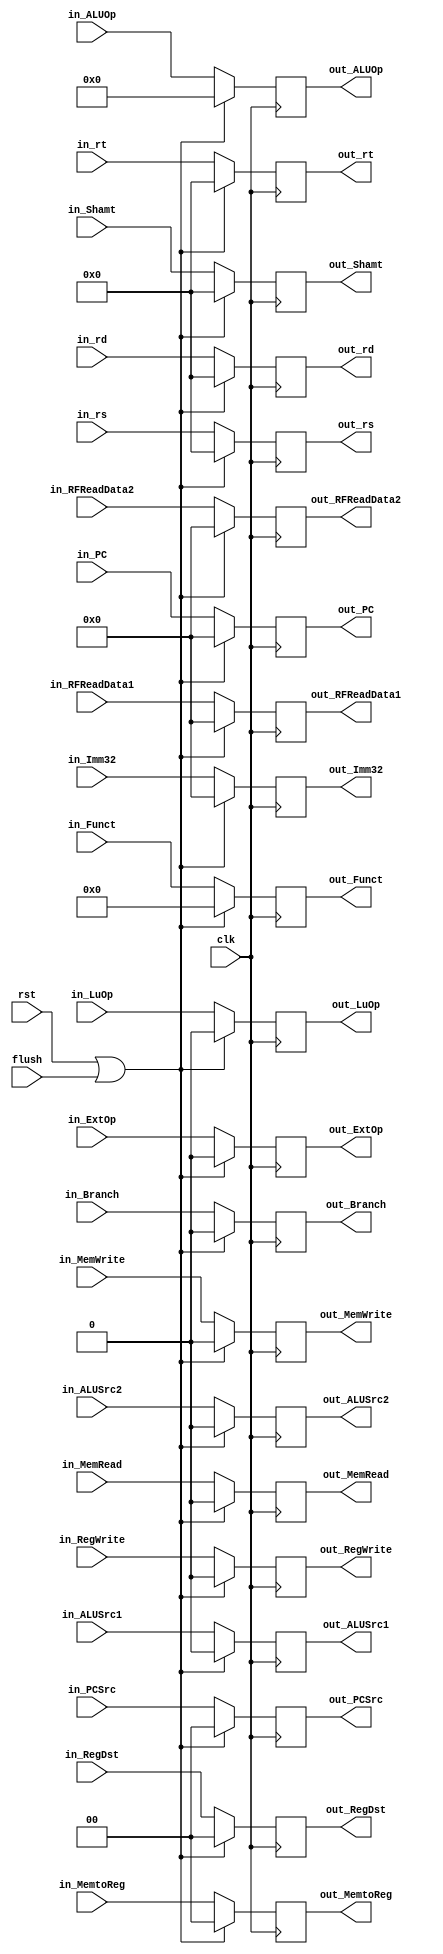
module Reg_ID_EX (
    input clk,
    input rst,
    input flush,
    input [2 -1:0] in_PCSrc    ,
    input in_Branch            ,
    input in_RegWrite          ,
    input [1:0] in_RegDst   ,
    input in_MemRead           ,
    input in_MemWrite          ,
    input [2 -1:0] in_MemtoReg ,
    input in_ALUSrc1           ,
    input in_ALUSrc2           ,
    input in_ExtOp             ,
    input in_LuOp              ,
    input [4 -1:0] in_ALUOp    ,
    input [31: 0] in_RFReadData1,
    input [31: 0] in_RFReadData2,
    input [31: 0] in_Imm32     ,
    input [4:0] in_rs,
    input [4:0] in_rt,
    input [4:0] in_rd,
    input [5:0] in_Funct,
    input [4:0] in_Shamt,
    input [31:0] in_PC,
    output reg [2 -1:0] out_PCSrc    ,
    output reg out_Branch            ,
    output reg out_RegWrite          ,
    output reg [1:0] out_RegDst   ,
    output reg out_MemRead           ,
    output reg out_MemWrite          ,
    output reg [2 -1:0] out_MemtoReg ,
    output reg out_ALUSrc1           ,
    output reg out_ALUSrc2           ,
    output reg out_ExtOp             ,
    output reg out_LuOp              ,
    output reg [4 -1:0] out_ALUOp    ,
    output reg [31: 0] out_RFReadData1,
    output reg [31: 0] out_RFReadData2,
    output reg [31: 0] out_Imm32,
    output reg [4:0] out_rs,
    output reg [4:0] out_rt,
    output reg [4:0] out_rd,
    output reg [5:0] out_Funct,
    output reg [4:0] out_Shamt,
    output reg [31:0] out_PC
);

always @ (posedge clk)
begin
    if (rst || flush)
    begin
        out_PCSrc <= 3'b0;
        out_Branch <= 1'b0;
        out_RegWrite <= 1'b0;
        out_RegDst <= 2'b0;
        out_MemRead <= 1'b0;
        out_MemWrite <= 1'b0;
        out_MemtoReg <= 2'b0;
        out_ALUSrc1 <= 1'b0;
        out_ALUSrc2 <= 1'b0;
        out_ExtOp <= 1'b0;
        out_LuOp <= 1'b0;
        out_ALUOp <= 5'b0;
        out_RFReadData1 <= 32'b0;
        out_RFReadData2 <= 32'b0;
        out_Imm32 <= 32'b0;
        out_rs <= 5'b0;
        out_rt <= 5'b0;
        out_rd <= 5'b0;
        out_Funct <= 6'b0;
        out_Shamt <= 5'b0;
        out_PC <= 32'b0;
    end
    else
    begin
        out_PCSrc <= in_PCSrc;
        out_Branch <= in_Branch;
        out_RegWrite <= in_RegWrite;
        out_RegDst <= in_RegDst;
        out_MemRead <= in_MemRead;
        out_MemWrite <= in_MemWrite;
        out_MemtoReg <= in_MemtoReg;
        out_ALUSrc1 <= in_ALUSrc1;
        out_ALUSrc2 <= in_ALUSrc2;
        out_ExtOp <= in_ExtOp;
        out_LuOp <= in_LuOp;
        out_ALUOp <= in_ALUOp;
        out_RFReadData1 <= in_RFReadData1;
        out_RFReadData2 <= in_RFReadData2;
        out_Imm32 <= in_Imm32;
        out_rs <= in_rs;
        out_rt <= in_rt;
        out_rd <= in_rd;
        out_Funct <= in_Funct;
        out_Shamt <= in_Shamt;
        out_PC <= in_PC;
    end
end
    
endmodule